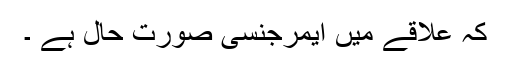
کہ علاقے میں ایمرجنسی صورت حال ہے ۔